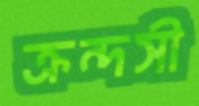
ক্রন্দসী